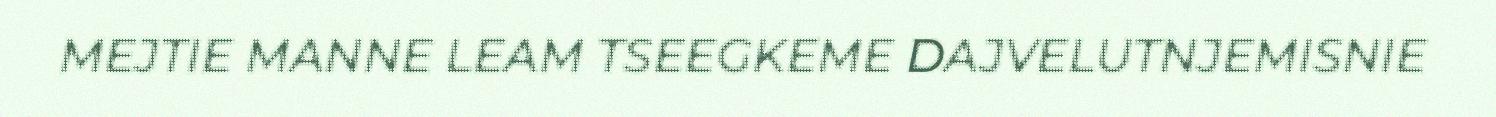
MEJTIE MANNE LEAM TSEEGKEME DAJVELUTNJEMISNIE